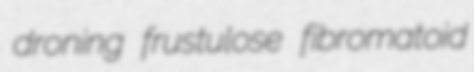
droning frustulose fibromatoid